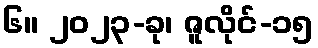
၆။ ၂၀၂၃-ခု၊ ဇူလိုင်-၁၅